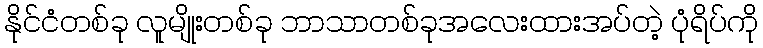
နိုင်ငံတစ်ခု လူမျိုးတစ်ခု ဘာသာတစ်ခုအလေးထားအပ်တဲ့ ပုံရိပ်ကို